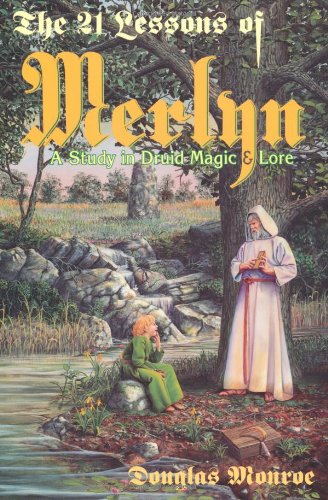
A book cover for The 21 Lessons of Merlyn: A Study in Druid Magic and Lore; Douglas Monroe; Religion & Spirituality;